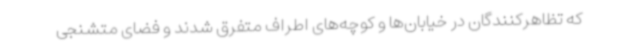
که تظاهرکنندگان در خیابان‌ها و کوچه‌های اطراف متفرق شدند و فضای متشنجی